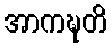
အာကဍ္ဎတိ